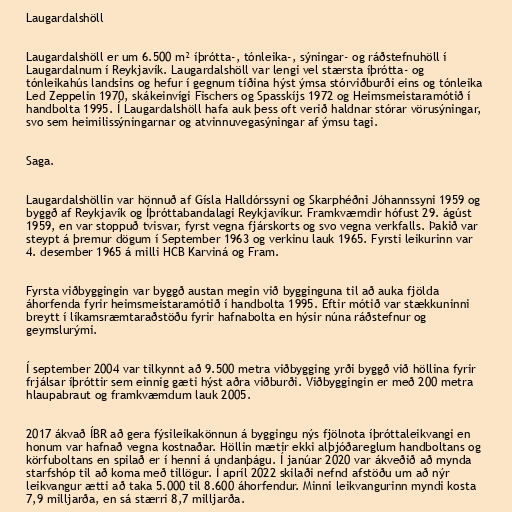
Laugardalshöll

Laugardalshöll er um 6.500 m² íþrótta-, tónleika-, sýningar- og ráðstefnuhöll í
Laugardalnum í Reykjavík. Laugardalshöll var lengi vel stærsta íþrótta- og
tónleikahús landsins og hefur í gegnum tíðina hýst ýmsa stórviðburði eins og tónleika
Led Zeppelin 1970, skákeinvígi Fischers og Spasskíjs 1972 og Heimsmeistaramótið í
handbolta 1995. Í Laugardalshöll hafa auk þess oft verið haldnar stórar vörusýningar,
svo sem heimilissýningarnar og atvinnuvegasýningar af ýmsu tagi.

Saga.

Laugardalshöllin var hönnuð af Gísla Halldórssyni og Skarphéðni Jóhannssyni 1959 og
byggð af Reykjavík og Íþróttabandalagi Reykjavíkur. Framkvæmdir hófust 29. ágúst
1959, en var stoppuð tvisvar, fyrst vegna fjárskorts og svo vegna verkfalls. Þakið var
steypt á þremur dögum í September 1963 og verkinu lauk 1965. Fyrsti leikurinn var
4. desember 1965 á milli HCB Karviná og Fram.

Fyrsta viðbyggingin var byggð austan megin við bygginguna til að auka fjölda
áhorfenda fyrir heimsmeistaramótið í handbolta 1995. Eftir mótið var stækkuninni
breytt í líkamsræmtaraðstöðu fyrir hafnabolta en hýsir núna ráðstefnur og
geymslurými.

Í september 2004 var tilkynnt að 9.500 metra viðbygging yrði byggð við höllina fyrir
frjálsar íþróttir sem einnig gæti hýst aðra viðburði. Viðbyggingin er með 200 metra
hlaupabraut og framkvæmdum lauk 2005.

2017 ákvað ÍBR að gera fýsileikakönnun á byggingu nýs fjölnota íþróttaleikvangi en
honum var hafnað vegna kostnaðar. Höllin mætir ekki alþjóðareglum handboltans og
körfuboltans en spilað er í henni á undanþágu. Í janúar 2020 var ákveðið að mynda
starfshóp til að koma með tillögur. Í apríl 2022 skilaði nefnd afstöðu um að nýr
leikvangur ætti að taka 5.000 til 8.600 áhorfendur. Minni leikvangurinn myndi kosta
7,9 milljarða, en sá stærri 8,7 milljarða.